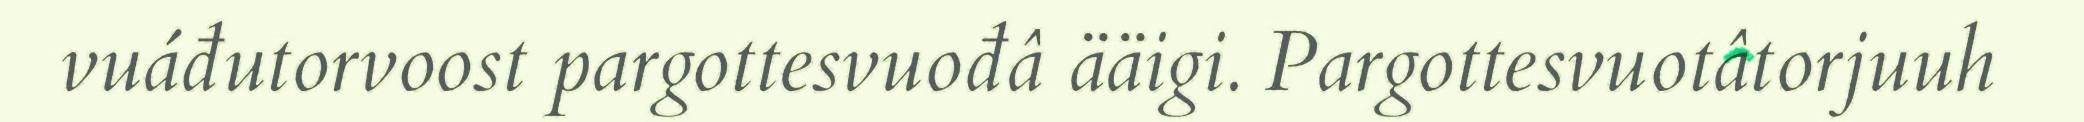
vuáđutorvoost pargottesvuođâ ääigi. Pargottesvuotâtorjuuh